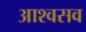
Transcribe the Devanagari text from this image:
आश्वसव